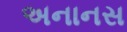
અનાનસ